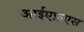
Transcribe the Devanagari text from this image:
आईएफ़एस